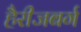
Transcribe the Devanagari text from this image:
हैरीजबर्ग